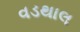
વડથાલ